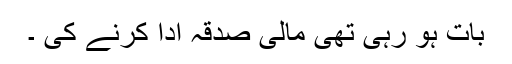
بات ہو رہی تھی مالی صدقہ ادا کرنے کی ۔